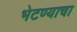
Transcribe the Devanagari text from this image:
भेटण्याचा